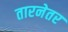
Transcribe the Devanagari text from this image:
तारनेतर